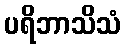
ပရိဘာသိသံ